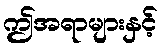
ဤအရာများနှင့်